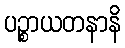
ပဉ္စာယတနာနိ